Civil Veterinary Department. United Provinces 1912-22 - 1912-1922
Year: 1912
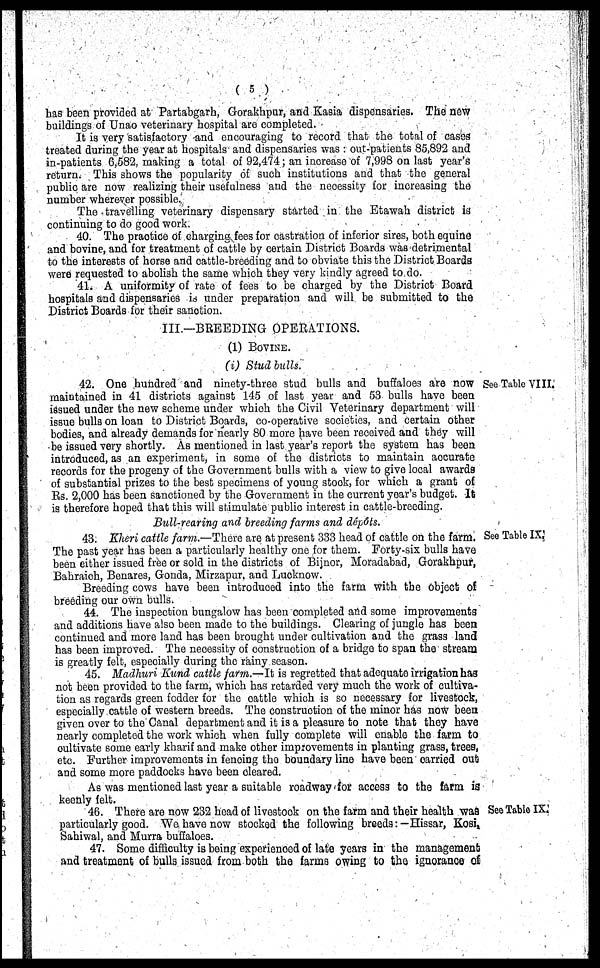
( 5 )
has been provided at Partabgarh, Gorakhpur, and Kasia dispensaries. The new
buildings of Unao veterinary hospital are completed.
It is very satisfactory and encouraging to record that the total of cases
treated during the year at hospitals and dispensaries was : out-patients 85,892 and
in-patients 6,582, making a total of 92,474; an increase of 7,998 on last year's
return. This shows the popularity of such institutions and that the general
public are now realizing their usefulness and the necessity for increasing the
number wherever possible.
The travelling veterinary dispensary started in the Etawah district is
continuing to do good work.
40. The practice of charging fees for castration of inferior sires, both equine
and bovine, and for treatment of cattle by certain District Boards was detrimental
to the interests of horse and cattle-breeding and to obviate this the District Boards
were requested to abolish the same which they very kindly agreed to do.
41. A uniformity of rate of fees to be charged by the District Board
hospitals and dispensaries is under preparation and will be submitted to the
District Boards for their sanction.
III.—BREEDING OPERATIONS.
(1) BOVINE.
(i) Stud balls.
See Table VIII.
42. One hundred and ninety-three stud bulls and buffaloes are now
maintained in 41 districts against 145 of last year and 53 bulls have been
issued under the new scheme under which the Civil Veterinary department will
issue bulls on loan to District Boards, co-operative societies, and certain other
bodies, and already demands for nearly 80 more have been received and they will
be issued very shortly. As mentioned in last year's report the system has been
introduced, as an experiment, in some of the districts to maintain accurate
records for the progeny of the Government bulls with a view to give local awards
of substantial prizes to the best specimens of young stock, for which a grant of
Rs. 2,000 has been sanctioned by the Government in the current year's budget. It
is therefore hoped that this will stimulate public interest in cattle-breeding.
Bull-rearing and breeding farms and depôts.
See Table IX
43. Kheri cattle farm.—There are at present 333 head of cattle on the farm.
The past year has been a particularly healthy one for them. Forty-six bulls have
been either issued free or sold in the districts of Bijnor, Moradabad, Gorakhpur,
Bahraich, Benares, Gonda, Mirzapur, and Lucknow.
Breeding cows have been introduced into the farm with the object of
breeding our own bulls.
44. The inspection bungalow has been completed and some improvements
and additions have also been made to the buildings. Clearing of jungle has been
continued and more land has been brought under cultivation and the grass land
has been improved. The necessity of construction of a bridge to span the stream
is greatly felt, especially during the rainy season.
45. Madhuri Kund cattle farm.—It is regretted that adequate irrigation hag
not been provided to the farm, which has retarded very much the work of cultiva-
tion as regards green fodder for the cattle which is so necessary for livestock,
especially cattle of western breeds. The construction of the minor has now been
given over to the Canal department and it is a pleasure to note that they have
nearly completed the work which when fully complete will enable the farm to
cultivate some early kharif and make other improvements in planting grass, trees,
etc. Further improvements in fencing the boundary line have been carried out
and some more paddocks have been cleared.
As was mentioned last year a suitable roadway for access to the farm is
keenly felt.
See Table IX.
46. There are now 232 head of livestock on the farm and their health was
particularly good. We have now stocked the following breeds:— Hissar, Kosi
Sahiwal, and Murra buffaloes.
47. Some difficulty is being experienced of late years in the management
and treatment of bulls issued from both the farms owing to the ignorance of